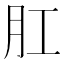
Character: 肛